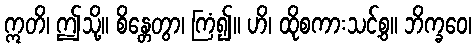
ဣတိ၊ ဤသို့။ စိန္တေတွာ၊ ကြံ၍။ ဟိ၊ ထိုစကားသင့်စွ။ ဘိက္ခဝေ၊